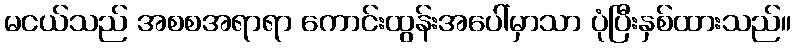
မငယ်သည် အစစအရာရာ ကောင်းထွန်းအပေါ်မှာသာ ပုံပြီးနှစ်ထားသည်။